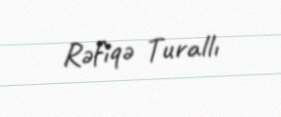
Rəfiqə Turallı